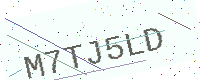
Text: M7TJ5LD